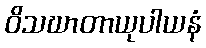
ဝိသဃာတာယုပါယနံ